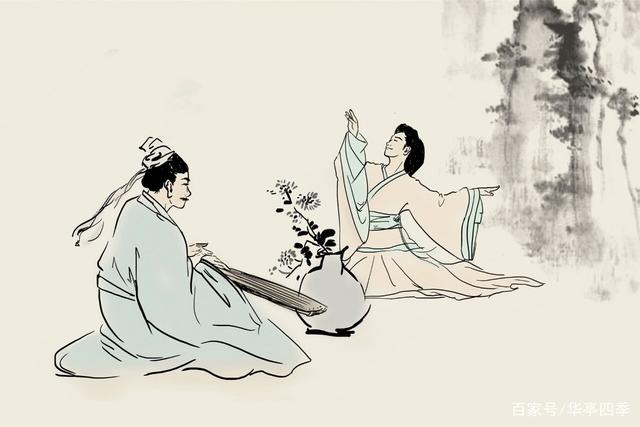
他人有心，予忖度之。